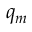
q _ { m }